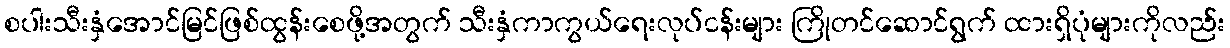
စပါးသီးနှံအောင်မြင်ဖြစ်ထွန်းစေဖို့အတွက် သီးနှံကာကွယ်ရေးလုပ်ငန်းများ ကြိုတင်ဆောင်ရွက် ထားရှိပုံများကိုလည်း